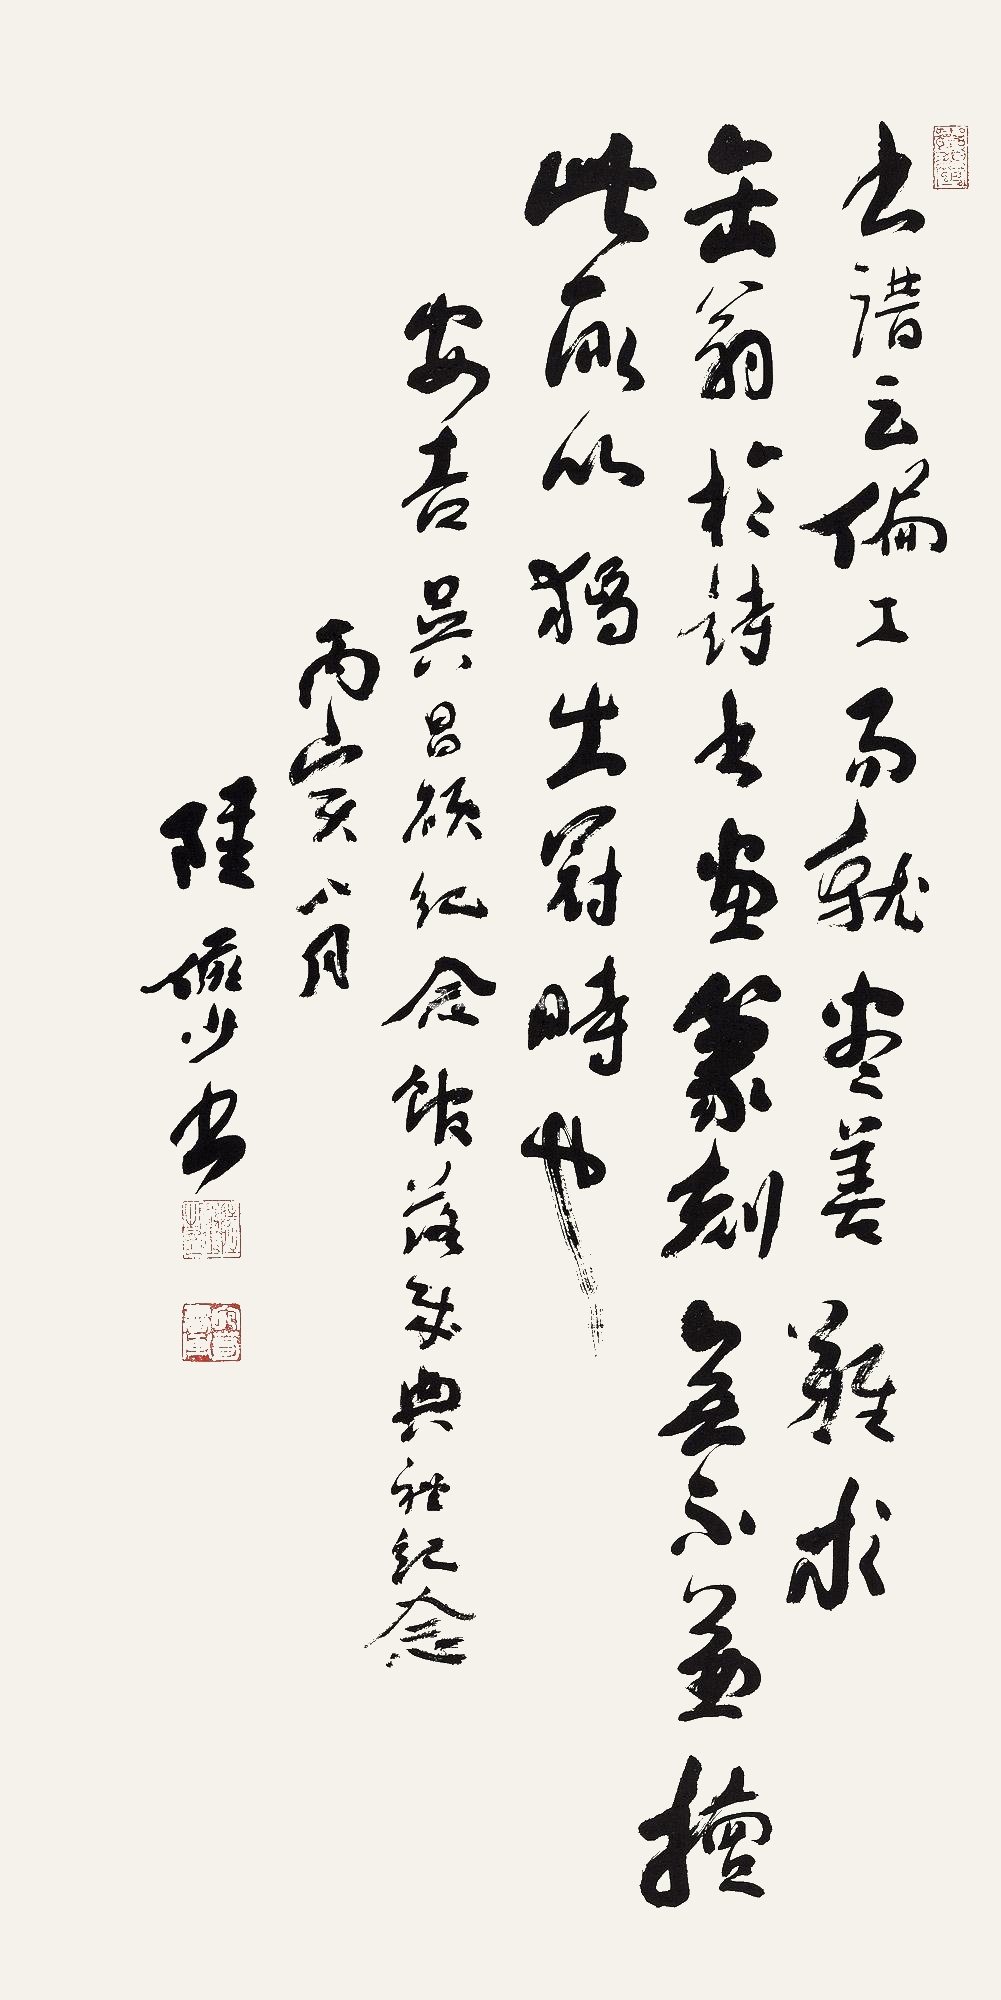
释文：书谱云：偏工而就，尽善难求。缶翁于诗、书、画、篆刻无不兼擅，此所以独出冠时也。安吉吴昌硕纪念馆落成典礼纪念，丙寅八月，陆俨少书。